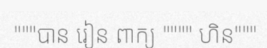
"""បាន រៀន ពាក្យ """" ហិន"""